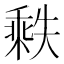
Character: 𬼒